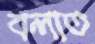
বলাত